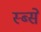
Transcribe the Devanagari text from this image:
स्ब्से